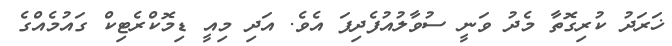
ޚަރަދު ކުރިގޮތާ މެދު ވަނީ ސުވާލުއުފެދިފަ އެވެ. އަދި މިއީ ޑިމޮކްރެޓިކް ގައުމެއްގެ